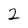
Character: 2